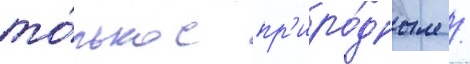
то́лько с пр'иро́дным /